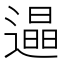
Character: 𨗏